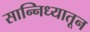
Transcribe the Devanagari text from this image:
सान्निध्यातून